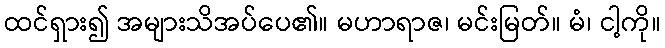
ထင်ရှား၍ အများသိအပ်ပေ၏။ မဟာရာဇ၊ မင်းမြတ်။ မံ၊ ငါ့ကို။